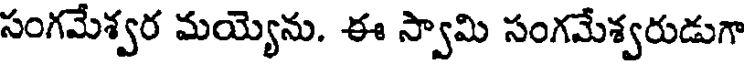
సంగమేశ్వర మయ్యెను. ఈ స్వామి సంగమేశ్వరుడుగా